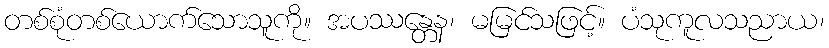
တစ်စုံတစ်ယောက်သောသူကို။ အပဿန္တေန၊ မမြင်သဖြင့်။ ပံသုကူလသညာယ၊